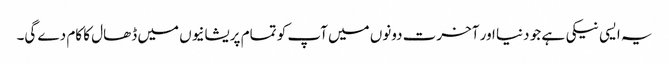
یہ ایسی نیکی ہے جو دنیا اور آخرت دونوں میں آپ کو تمام پریشانیوں میں ڈھال کا کام دے گی۔